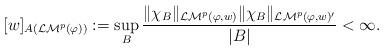
LaTeX: \begin{align*} [w]_{A(\mathcal {LM}^{p}(\varphi))}:= \sup_B \frac{\|\chi _B\|_{\mathcal {LM}^{p}(\varphi,w)}\|\chi _B\|_{\mathcal {LM}^{p}(\varphi,w)'}}{|B|} <\infty.\end{align*}